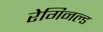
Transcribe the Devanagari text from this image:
रेगिनल्ड